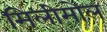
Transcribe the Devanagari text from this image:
मिलीमोल